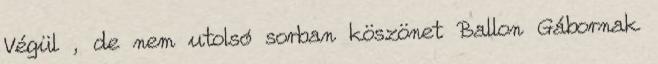
Végül , de nem utolsó sorban köszönet Ballon Gábornak